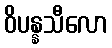
ဝိပန္နသီလော